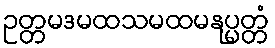
ဥတ္တမဒမထသမထမနုပ္ပတ္တံ